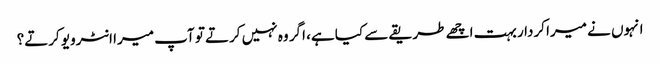
انہوں نے میرا کردار بہت اچھے طریقے سے کیا ہے، اگر وہ نہیں کرتے تو آپ میرا انٹرویو کرتے؟